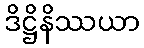
ဒိဋ္ဌိနိဿယာ